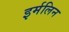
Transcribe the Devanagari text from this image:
इर्मलिन